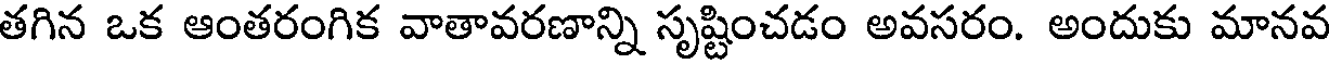
తగిన ఒక ఆంతరంగిక వాతావరణాన్ని సృష్టించడం అవసరం. అందుకు మానవ